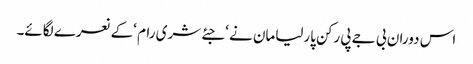
اس دوران بی جے پی رکن پارلیامان نے ‘جئے شری رام ‘کے نعرے لگائے۔